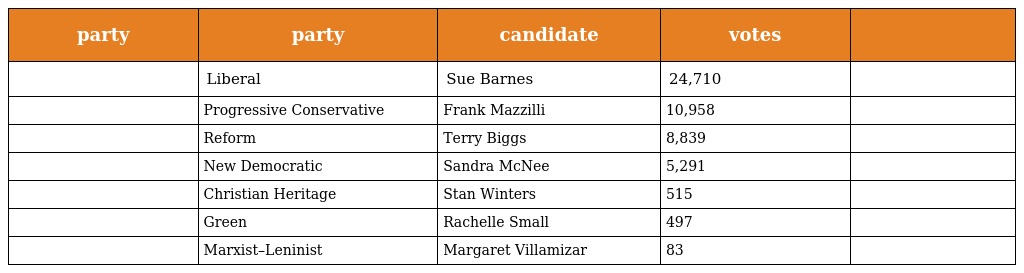
| party | party | candidate | votes |  |
 | --- | --- | --- | --- | --- |
 |  | Liberal | Sue Barnes | 24,710 |  |
 |  | Progressive Conservative | Frank Mazzilli | 10,958 |  |
 |  | Reform | Terry Biggs | 8,839 |  |
 |  | New Democratic | Sandra McNee | 5,291 |  |
 |  | Christian Heritage | Stan Winters | 515 |  |
 |  | Green | Rachelle Small | 497 |  |
 |  | Marxist–Leninist | Margaret Villamizar | 83 |  |